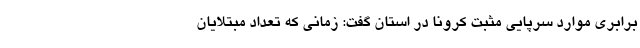
برابری موارد سرپایی مثبت کرونا در استان گفت: زمانی که تعداد مبتلایان